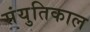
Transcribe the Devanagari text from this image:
संयुतिकाल